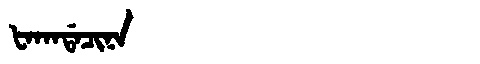
Manchu: ᡶᠠᡴᠠᡩᠠᠴᡳᠨᠠ
Romanization: FAKADACINA